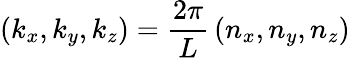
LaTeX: \left(k_{x},k_{y},k_{z}\right)={\frac{2\pi}{L}}\left(n_{x},n_{y},n_{z}\right)